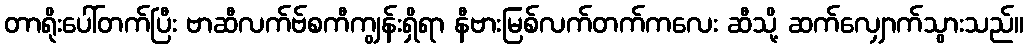
တာရိုးပေါ်တက်ပြီး ဗာဆီလက်ဗ်စကီကျွန်းရှိရာ နီဗားမြစ်လက်တက်ကလေး ဆီသို့ ဆက်လျှောက်သွားသည်။